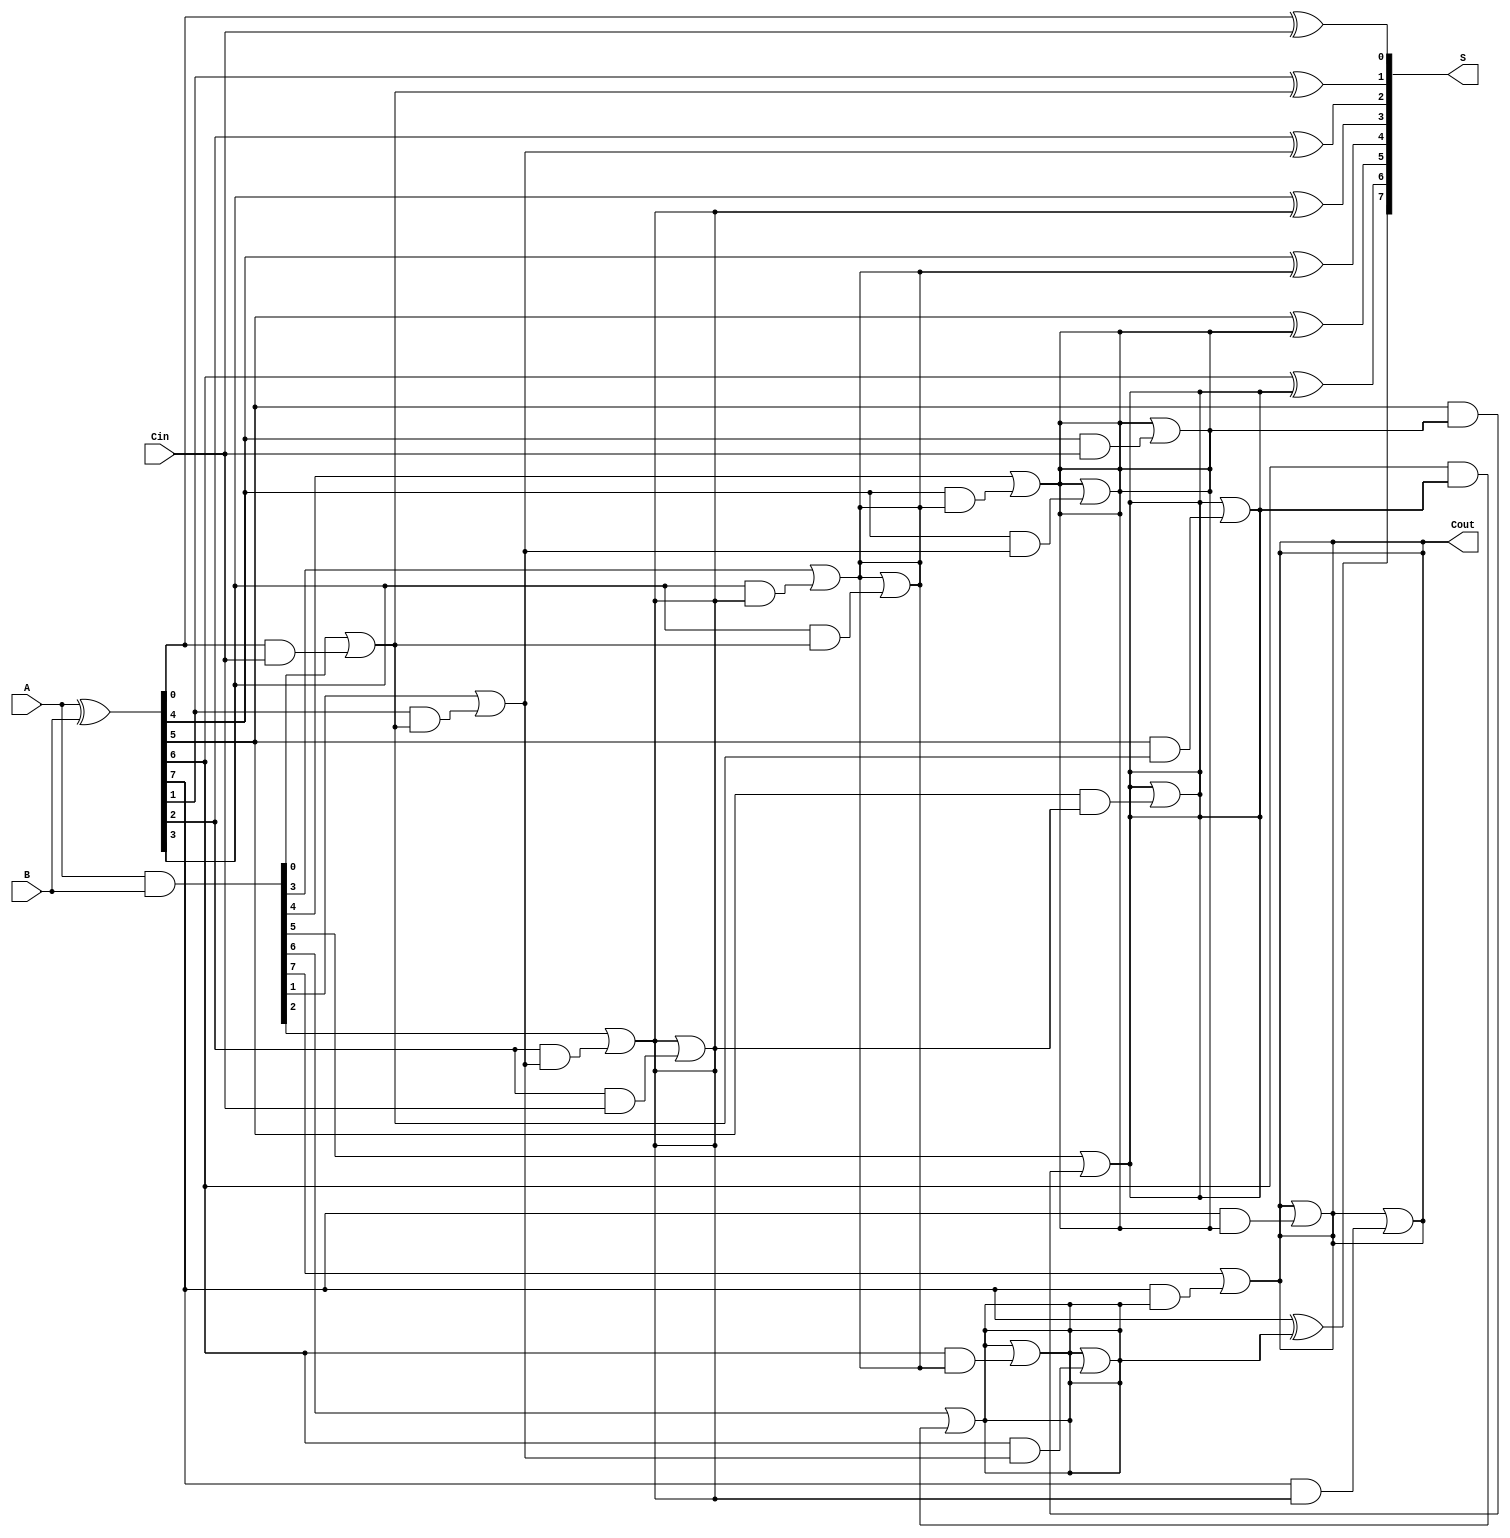
module KoggeStoneAdder #(
    parameter n = 8  // Parameter for the number of bits
) (
    input  [n-1:0] A,    // First input
    input  [n-1:0] B,    // Second input
    input          Cin,   // Carry-in
    output [n-1:0] S,     // Sum output
    output         Cout    // Carry-out
);

    // Generate and Propagate signals
    wire [n-1:0] G; // Generate
    wire [n-1:0] P; // Propagate
    wire [n:0] C;   // Carry signals (C[0] = Cin)

    // Generate and Propagate logic
    assign G = A & B;        // Generate
    assign P = A ^ B;        // Propagate
    assign C[0] = Cin;       // Initial carry-in

    // Kogge-Stone Carry Computation
    genvar i, j, stage;
    generate
        // Stage 1
        for (i = 0; i < n; i = i + 1) begin : stage1
            if (i == 0) begin
                assign C[i + 1] = G[i] | (P[i] & C[0]);
            end else begin
                assign C[i + 1] = G[i] | (P[i] & C[i]);
            end
        end

        // Subsequent Stages
        for (stage = 1; stage < $clog2(n); stage = stage + 1) begin : stages
            for (i = 0; i < n; i = i + 1) begin : stage_i
                if (i >= (1 << stage)) begin
                    assign C[i + 1] = C[i + 1] | (P[i] & C[i - (1 << stage)]);
                end
            end
        end
    endgenerate

    // Sum Calculation
    generate
        for (i = 0; i < n; i = i + 1) begin : sum_calculation
            assign S[i] = P[i] ^ C[i];
        end
    endgenerate

    // Carry-out
    assign Cout = C[n];

endmodule